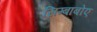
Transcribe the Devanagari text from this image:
सिम्बाबोए